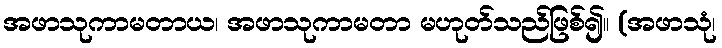
အဖာသုကာမတာယ၊ အဖာသုကာမတာ မဟုတ်သည်ဖြစ်၍။ (အဖာသုံ၊